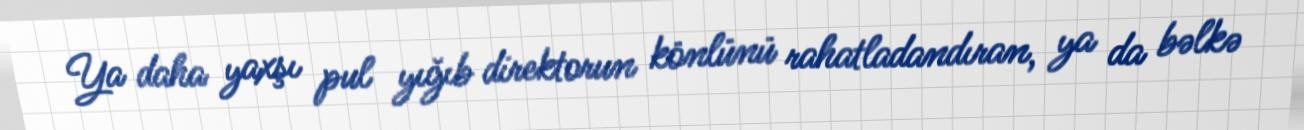
Ya daha yaxşı pul yığıb direktorun könlünü rahatladandıran, ya da bəlkə